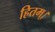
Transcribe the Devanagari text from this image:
हितम्।